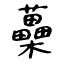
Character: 蘽